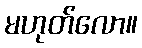
မဟုတ်လော။